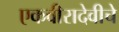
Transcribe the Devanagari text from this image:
एकवीरादेवीचे